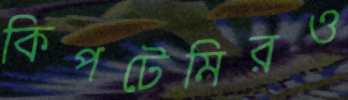
কিপটেমিরও